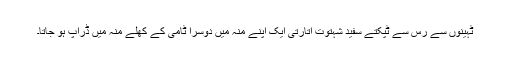
ٹہینوں سے رس سے ٹپکتے سفید شہتوت اُتارتی ایک اپنے منہ میں دوسرا ٹامی کے کھلے منہ میں ڈراپ ہو جاتا۔